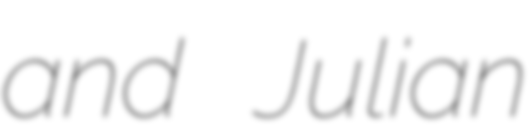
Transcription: and Julian